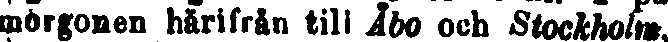
morgonen härifrån till Åbo och Stockholm,